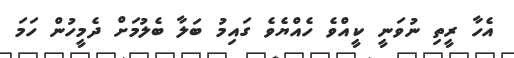
އެހާ ރީތި ނުވަނީ ކީއްވެ ހެއްޔެވެ ގައިމު ބަލާ ބެލުމަށް ދެމީހުން ހަމަ